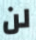
لن